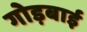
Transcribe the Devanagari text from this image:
गोड़बाई